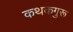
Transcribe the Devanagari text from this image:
कथकगुरू